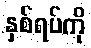
နှစ်ရပ်ကို